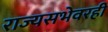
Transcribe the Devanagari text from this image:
राज्यसभेवरही